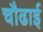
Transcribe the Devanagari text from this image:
चौढाई